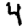
Digit: 4